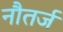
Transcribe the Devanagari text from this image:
नौतर्ज